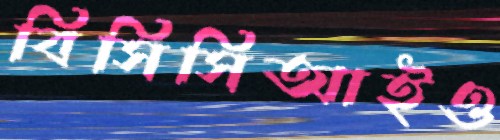
বিসিসিআইও